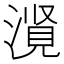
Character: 𪷃